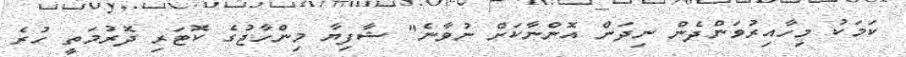
ކަމަކު މިހާއިރުވަންދެން ނިދަން އޮންނާކަށް ނުވާނެ" ޝާފިޔާ މިންހާޖުގެ ކޮޓަރި ދޮރުމަތީ ހުރެ